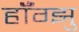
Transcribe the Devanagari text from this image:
हॉँग्झु